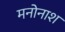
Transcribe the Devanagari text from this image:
मनोनाश